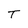
Character: T